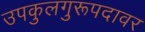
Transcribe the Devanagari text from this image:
उपकुलगुरूपदावर